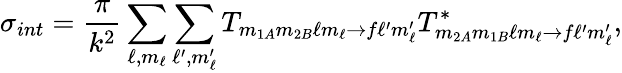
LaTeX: \sigma_{int}=\frac{\pi}{k^{2}}\sum_{\ell,m_{\ell}}\sum_{\ell^{\prime},m_{\ell}^{\prime}}T_{m_{1A}m_{2B}\ell m_{\ell}\rightarrow f\ell^{\prime}m_{\ell}^{\prime}}T_{m_{2A}m_{1B}\ell m_{\ell}\rightarrow f\ell^{\prime}m_{\ell}^{\prime}}^{*},